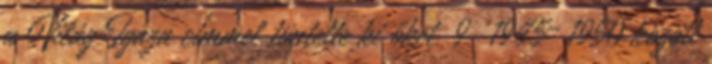
a Világ Igaza címmel tüntette ki őket. 9 1945–1950 között